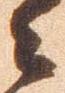
々